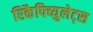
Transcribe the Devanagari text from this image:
रिकैपिच्युलेट्स